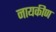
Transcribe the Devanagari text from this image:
नायकीण